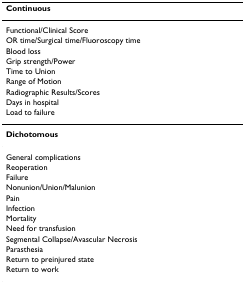
| Continuous |
 | --- |
 | Functional/Clinical Score |
 | OR time/Surgical time/Fluoroscopy time |
 | Blood loss |
 | Grip strength/Power |
 | Time to Union |
 | Range of Motion |
 | Radiographic Results/Scores |
 | Days in hospital |
 | Load to failure |
 | Dichotomous |
 | General complications |
 | Reoperation |
 | Failure |
 | Nonunion/Union/Malunion |
 | Pain |
 | Infection |
 | Mortality |
 | Need for transfusion |
 | Segmental Collapse/Avascular Necrosis |
 | Parasthesia |
 | Return to preinjured state |
 | Return to work |